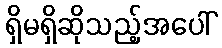
ရှိမရှိဆိုသည့်အပေါ်